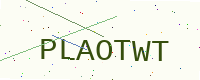
Text: PLAOTWT